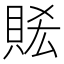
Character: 𧵧